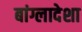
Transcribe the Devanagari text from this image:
बांग्लादेशा